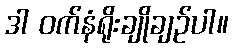
ဒါ ဝက်နံရိုးချိုချဉ်ပါ။